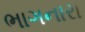
ભાગનારા